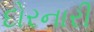
દોરનારી